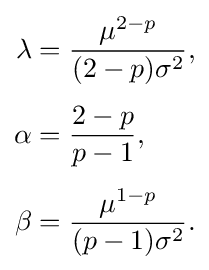
{\begin{aligned}\lambda &={\frac {\mu ^{2-p}}{(2-p)\sigma ^{2}}},\\[4pt]\alpha &={\frac {2-p}{p-1}},\\[4pt]\beta &={\frac {\mu ^{1-p}}{(p-1)\sigma ^{2}}}.\end{aligned}}